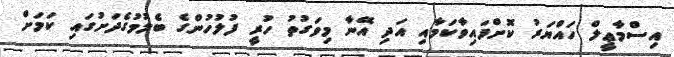
އިސްމާޢީލް ހައްޔަރު ކޮށްފައިވާކަމާއި އަދި އޭނާ މިވަގުތު ހުރީ ފުލުހުންގެ ބެލުމުގެދަށުގައި ކަމަށް